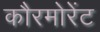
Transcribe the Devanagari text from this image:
कौरमोरेंट